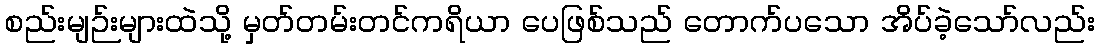
စည်းမျဉ်းများထဲသို့ မှတ်တမ်းတင်ကရိယာ ပေဖြစ်သည် တောက်ပသော အိပ်ခဲ့သော်လည်း